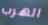
الهرب